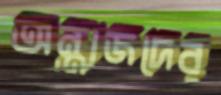
অন্ত্যজদের